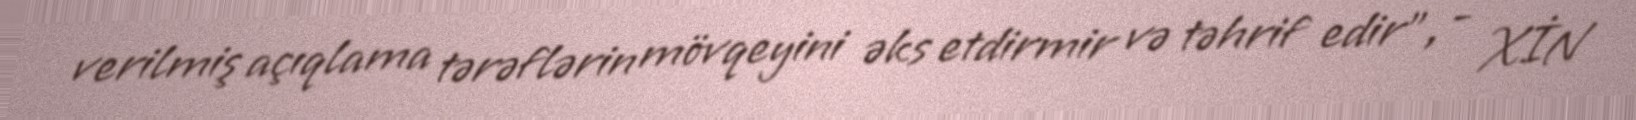
verilmiş açıqlama tərəflərin mövqeyini əks etdirmir və təhrif edir”, - XİN